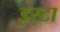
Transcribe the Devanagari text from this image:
इस्टा